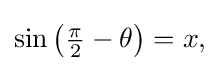
{\textstyle \sin \left({\frac {\pi }{2}}-\theta \right)=x,}